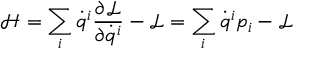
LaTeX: { \mathcal { H } } = \sum _ { i } { \dot { q } } ^ { i } { \frac { \partial { \mathcal { L } } } { \partial { \dot { q } } ^ { i } } } - { \mathcal { L } } = \sum _ { i } { \dot { q } } ^ { i } p _ { i } - { \mathcal { L } }